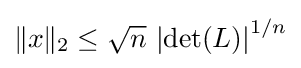
{\textstyle \|x\|_{2}\leq {\sqrt {n}}\,\left|\det(L)\right|^{1/n}}